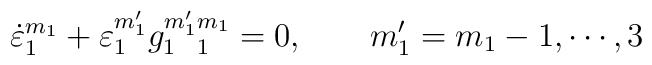
\dot \varepsilon_1^{m_1}+\varepsilon_1^{m_1^\prime}g_{1~~1}^{m_1^\prime m_1}=0,~~~~~~m_1^\prime =m_1-1,\cdots,3